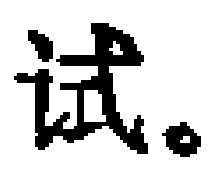
试。